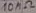
Text: 10MΩ